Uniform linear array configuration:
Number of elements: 48
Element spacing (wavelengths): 0.75
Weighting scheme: blackman
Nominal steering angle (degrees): -60
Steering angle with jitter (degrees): -58.131
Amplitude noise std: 0.05
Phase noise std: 0.05

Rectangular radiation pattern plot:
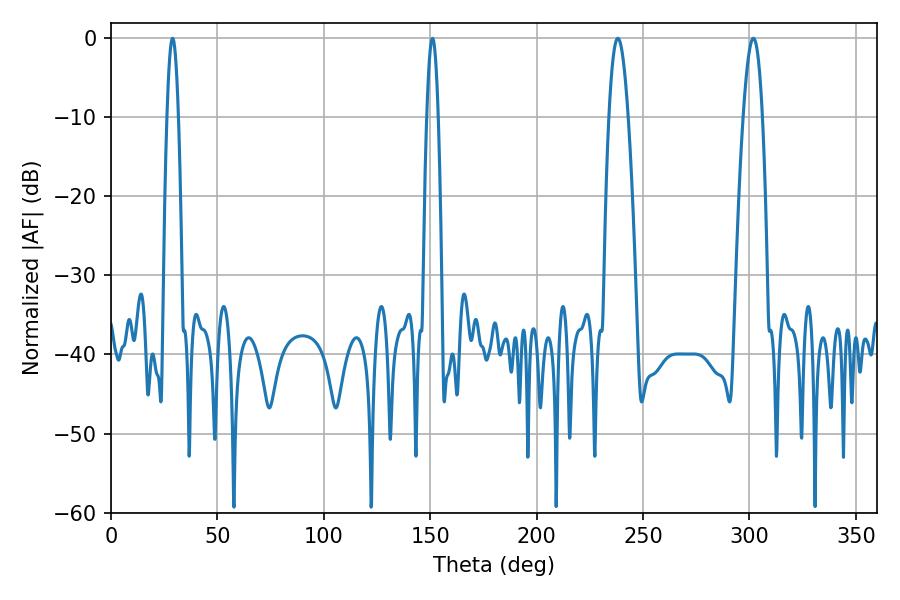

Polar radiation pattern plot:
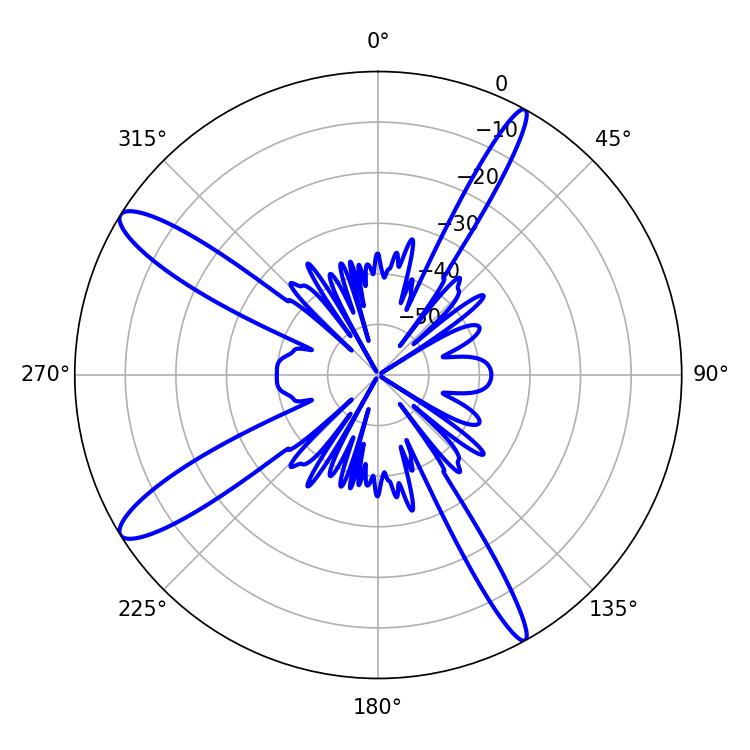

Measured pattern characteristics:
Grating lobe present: TRUE
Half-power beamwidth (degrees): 4.86
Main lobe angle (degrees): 238.14